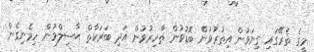
މީގެ ތެރޭގައި ގިނަވުން އިތުރުވުން ބޮޑުވުން ޠާހިރުވުން އަދި ބަރަކާތް ޙާސިލްވުން ހިމެނިގެން